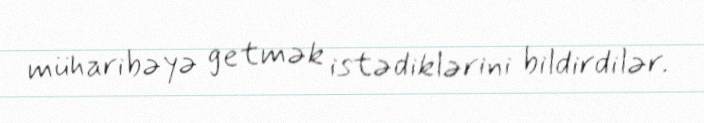
müharibəyə getmək istədiklərini bildirdilər.